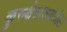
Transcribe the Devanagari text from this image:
कुरुक्षेत्राजवळील